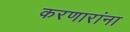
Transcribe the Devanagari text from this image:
करणारांना